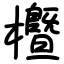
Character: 櫭